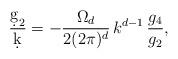
LaTeX: \begin{align*}\frac{\d g_2}{\d k}=-\frac{\Omega_d}{2(2\pi)^d}\,k^{d-1}\,\frac{g_4}{g_2},\end{align*}